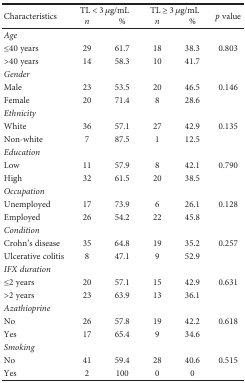
<table><thead><tr><td rowspan="2"><b>Characteristics</b></td><td colspan="2"><b>TL &lt; 3 <i>μ</i>g/mL</b></td><td colspan="2"><b>TL ≥ 3 <i>μ</i>g/mL</b></td><td rowspan="2"><b><i>p</i> value</b></td></tr><tr><td><b><i>n</i></b></td><td><b>%</b></td><td><b><i>n</i></b></td><td><b>%</b></td></tr></thead><tbody><tr><td><i>Age</i></td><td></td><td></td><td></td><td></td><td></td></tr><tr><td>≤40 years</td><td>29</td><td>61.7</td><td>18</td><td>38.3</td><td>0.803</td></tr><tr><td>&gt;40 years</td><td>14</td><td>58.3</td><td>10</td><td>41.7</td><td></td></tr><tr><td><i>Gender</i></td><td></td><td></td><td></td><td></td><td></td></tr><tr><td>Male</td><td>23</td><td>53.5</td><td>20</td><td>46.5</td><td>0.146</td></tr><tr><td>Female</td><td>20</td><td>71.4</td><td>8</td><td>28.6</td><td></td></tr><tr><td><i>Ethnicity</i></td><td></td><td></td><td></td><td></td><td></td></tr><tr><td>White</td><td>36</td><td>57.1</td><td>27</td><td>42.9</td><td>0.135</td></tr><tr><td>Non-white</td><td>7</td><td>87.5</td><td>1</td><td>12.5</td><td></td></tr><tr><td><i>Education</i></td><td></td><td></td><td></td><td></td><td></td></tr><tr><td>Low</td><td>11</td><td>57.9</td><td>8</td><td>42.1</td><td>0.790</td></tr><tr><td>High</td><td>32</td><td>61.5</td><td>20</td><td>38.5</td><td></td></tr><tr><td><i>Occupation</i></td><td></td><td></td><td></td><td></td><td></td></tr><tr><td>Unemployed</td><td>17</td><td>73.9</td><td>6</td><td>26.1</td><td>0.128</td></tr><tr><td>Employed</td><td>26</td><td>54.2</td><td>22</td><td>45.8</td><td></td></tr><tr><td><i>Condition</i></td><td></td><td></td><td></td><td></td><td></td></tr><tr><td>Crohn&#x27;s disease</td><td>35</td><td>64.8</td><td>19</td><td>35.2</td><td>0.257</td></tr><tr><td>Ulcerative colitis</td><td>8</td><td>47.1</td><td>9</td><td>52.9</td><td></td></tr><tr><td><i>IFX duration</i></td><td></td><td></td><td></td><td></td><td></td></tr><tr><td>≤2 years</td><td>20</td><td>57.1</td><td>15</td><td>42.9</td><td>0.631</td></tr><tr><td>&gt;2 years</td><td>23</td><td>63.9</td><td>13</td><td>36.1</td><td></td></tr><tr><td><i>Azathioprine</i></td><td></td><td></td><td></td><td></td><td></td></tr><tr><td>No</td><td>26</td><td>57.8</td><td>19</td><td>42.2</td><td>0.618</td></tr><tr><td>Yes</td><td>17</td><td>65.4</td><td>9</td><td>34.6</td><td></td></tr><tr><td><i>Smoking</i></td><td></td><td></td><td></td><td></td><td></td></tr><tr><td>No</td><td>41</td><td>59.4</td><td>28</td><td>40.6</td><td>0.515</td></tr><tr><td>Yes</td><td>2</td><td>100</td><td>0</td><td>0</td><td></td></tr></tbody></table>